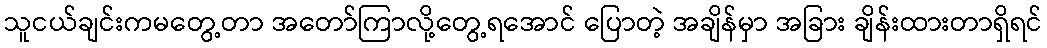
သူငယ်ချင်းကမတွေ့တာ အတော်ကြာလို့တွေ့ရအောင် ပြောတဲ့ အချိန်မှာ အခြား ချိန်းထားတာရှိရင်